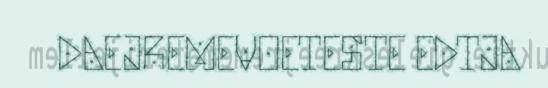
DAEJREMEVOETESTE EDTJA